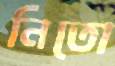
নিতো